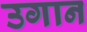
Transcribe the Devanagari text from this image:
उगान